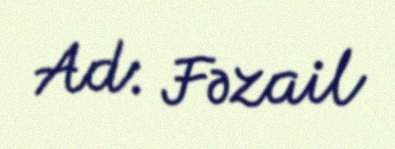
Ad: Fəzail